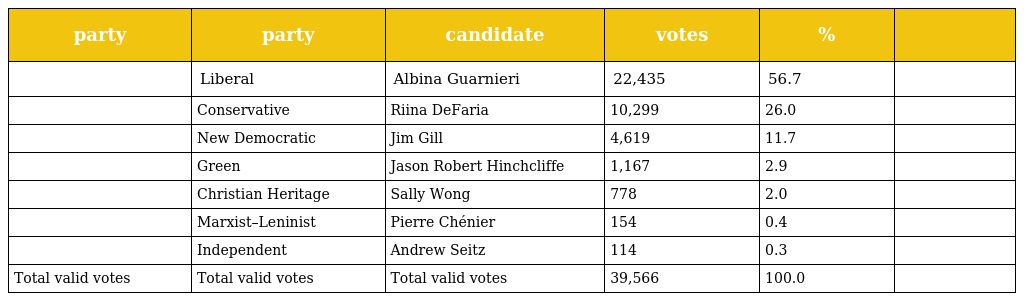
| party | party | candidate | votes | % |  |
 | --- | --- | --- | --- | --- | --- |
 |  | Liberal | Albina Guarnieri | 22,435 | 56.7 |  |
 |  | Conservative | Riina DeFaria | 10,299 | 26.0 |  |
 |  | New Democratic | Jim Gill | 4,619 | 11.7 |  |
 |  | Green | Jason Robert Hinchcliffe | 1,167 | 2.9 |  |
 |  | Christian Heritage | Sally Wong | 778 | 2.0 |  |
 |  | Marxist–Leninist | Pierre Chénier | 154 | 0.4 |  |
 |  | Independent | Andrew Seitz | 114 | 0.3 |  |
 | Total valid votes | Total valid votes | Total valid votes | 39,566 | 100.0 |  |